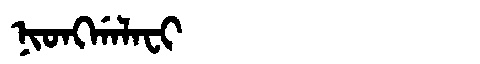
Manchu: ᠨᡳᠣᠩᡤᠠᠯᠠᠸᡳ
Romanization: NIONGGALAFI